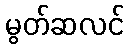
မွတ်ဆလင်